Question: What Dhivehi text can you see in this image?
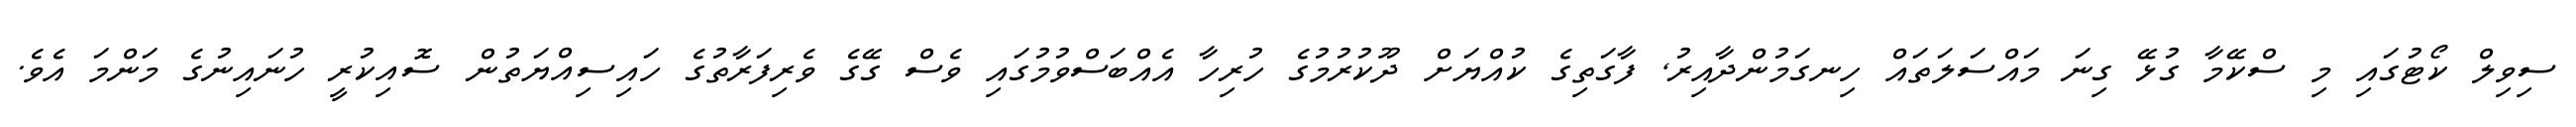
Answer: ސިވިލް ކޯޓުގައި މި ސްކޭމާ ގުޅޭ ގިނަ މައްސަލަތައް ހިނގަމުންދާއިރު, ފާގަތިގެ ކުއްޔަށް ދޫކުރުމުގެ ހުރިހާ އެއްބަސްވުމުގައި ވެސް ގޭގެ ވެރިފަރާތުގެ ހައިސިއްޔަތުން ސޮއިކުރީ ހުނައިނުގެ މަންމަ އެވެ.